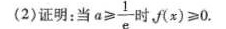
(2)证明：当$$a ≥ \frac { 1 } { e }$$ 时，$$f ( x ) ≥ 0$$.